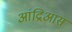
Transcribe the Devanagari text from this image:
आंद्रिआस